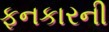
ફનકારની